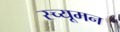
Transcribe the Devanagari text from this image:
स्च्यूमन